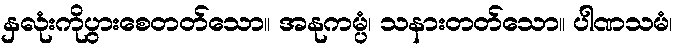
နှလုံးကိုပွားစေတတ်သော။ အနုကမ္ပံ၊ သနားတတ်သော။ ပါဏသမံ၊